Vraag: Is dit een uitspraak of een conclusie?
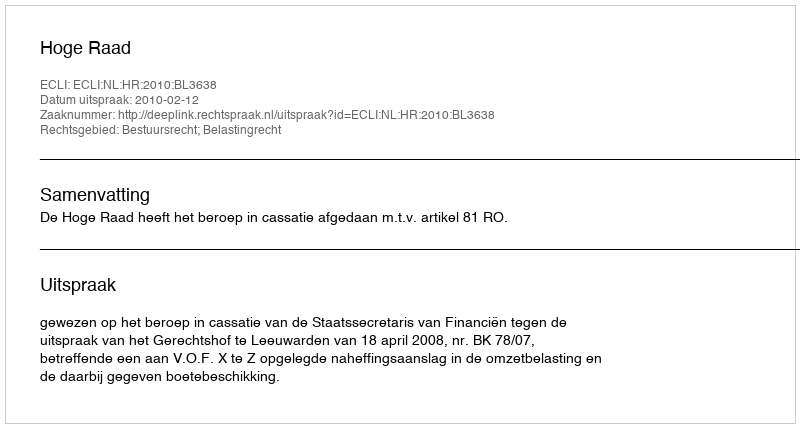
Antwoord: Uitspraak